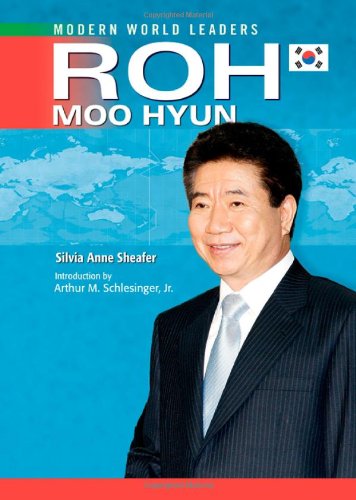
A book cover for Roh Moo Hyun (Modern World Leaders); Silvia Anne Sheafer; Teen & Young Adult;